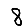
Digit: 8